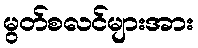
မွတ်စလင်များအား